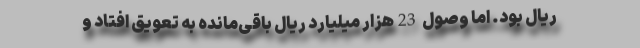
ریال بود. اما وصول 23هزار میلیارد ریال باقی‌مانده به تعویق افتاد و